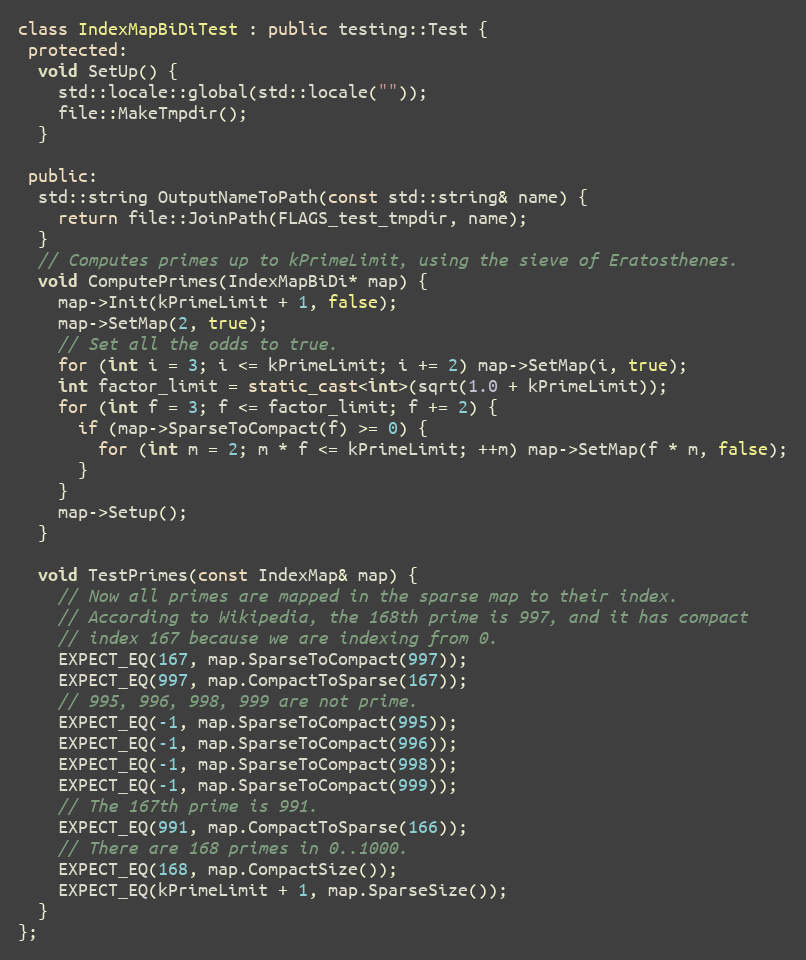
Language: C++
class IndexMapBiDiTest : public testing::Test {
 protected:
  void SetUp() {
    std::locale::global(std::locale(""));
    file::MakeTmpdir();
  }

 public:
  std::string OutputNameToPath(const std::string& name) {
    return file::JoinPath(FLAGS_test_tmpdir, name);
  }
  // Computes primes up to kPrimeLimit, using the sieve of Eratosthenes.
  void ComputePrimes(IndexMapBiDi* map) {
    map->Init(kPrimeLimit + 1, false);
    map->SetMap(2, true);
    // Set all the odds to true.
    for (int i = 3; i <= kPrimeLimit; i += 2) map->SetMap(i, true);
    int factor_limit = static_cast<int>(sqrt(1.0 + kPrimeLimit));
    for (int f = 3; f <= factor_limit; f += 2) {
      if (map->SparseToCompact(f) >= 0) {
        for (int m = 2; m * f <= kPrimeLimit; ++m) map->SetMap(f * m, false);
      }
    }
    map->Setup();
  }

  void TestPrimes(const IndexMap& map) {
    // Now all primes are mapped in the sparse map to their index.
    // According to Wikipedia, the 168th prime is 997, and it has compact
    // index 167 because we are indexing from 0.
    EXPECT_EQ(167, map.SparseToCompact(997));
    EXPECT_EQ(997, map.CompactToSparse(167));
    // 995, 996, 998, 999 are not prime.
    EXPECT_EQ(-1, map.SparseToCompact(995));
    EXPECT_EQ(-1, map.SparseToCompact(996));
    EXPECT_EQ(-1, map.SparseToCompact(998));
    EXPECT_EQ(-1, map.SparseToCompact(999));
    // The 167th prime is 991.
    EXPECT_EQ(991, map.CompactToSparse(166));
    // There are 168 primes in 0..1000.
    EXPECT_EQ(168, map.CompactSize());
    EXPECT_EQ(kPrimeLimit + 1, map.SparseSize());
  }
};